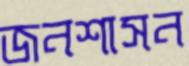
জনশাসন